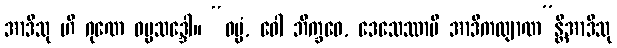
အာဒီသု ဟိ ဂုဏေ ဓမ္မသဒ္ဒေါ။ “ဓမ္မံ, ဝေါ ဘိက္ခဝေ, ဒေသေဿာမိ အာဒိကလျာဏ”န္တိအာဒီသု